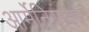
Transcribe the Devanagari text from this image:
आर्मेनियावर